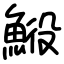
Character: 𩷍